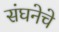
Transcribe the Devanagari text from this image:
संघनेचे